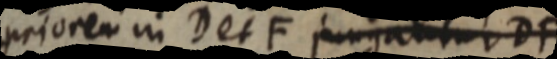
priorem in D et F jungatur DF